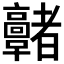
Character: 𩫭